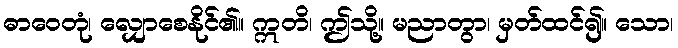
ဓာဝေတုံ၊ လျှောစေနိုင်၏။ ဣတိ၊ ဤသို့။ မညာတွာ၊ မှတ်ထင်၍။ သော၊